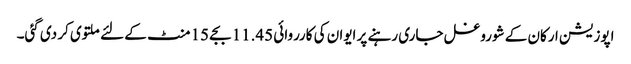
اپوزیشن ارکان کے شوروغل جاری رہنے پر ایوان کی کارروائی 11.45 بجے 15 منٹ کے لئے ملتوی کر دی گئی۔